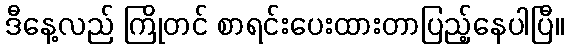
ဒီနေ့လည် ကြိုတင် စာရင်းပေးထားတာပြည့်နေပါပြီ။